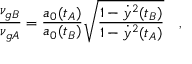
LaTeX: \frac { \nu _ { g B } } { \nu _ { g A } } = \frac { a _ { 0 } ( t _ { A } ) } { a _ { 0 } ( t _ { B } ) } \sqrt { \frac { 1 - \dot { y } ^ { 2 } ( t _ { B } ) } { 1 - \dot { y } ^ { 2 } ( t _ { A } ) } } \quad ,